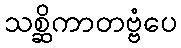
သစ္ဆိကာတဗ္ဗံပေ